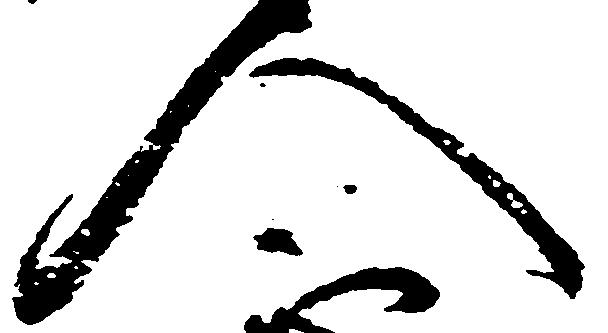
人